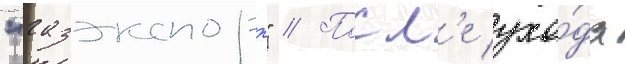
"газэкспорт" // Посл'е ухо́да